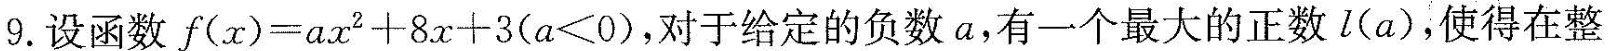
9. 设函数 $$f ( x ) = a x^{2} + 8 x + 3$$ (a< 0)，对于给定的负数a，有一个最大的正数l(a)，使得在整